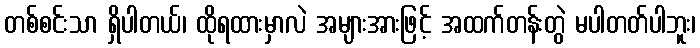
တစ်စင်းသာ ရှိပါတယ်၊ ထိုရထားမှာလဲ အများအားဖြင့် အထက်တန်းတွဲ မပါတတ်ပါဘူး၊